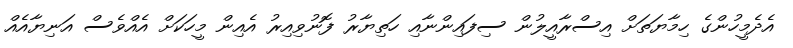
އެދެމީހުންގެ ހިމާޔަތަށް އިސްރާއީލުން ސިފައިންނާއި ހަތިޔާރު ފޮނުވިއިރު އެއިން މީހަކަށް އެއްވެސް އަނިޔާއެއް